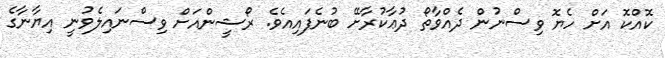
ކޮއްކޮ އަށް ހެޔޮ ވިސްނުން ދެއްވާތޯ ދުޢާކުރާށޭ ބުނެފައިއެވެ. ރޯޝީންއަށް ވިސްނައިލެވުނީ އިޔާނާގެ